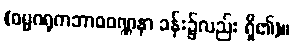
(ဓမ္မဂရုကဘာဝဝဏ္ဏနာ ခန်း၌လည်း ရှိ၏)။